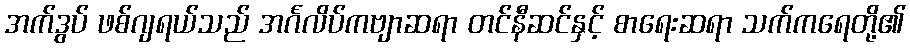
အက်ဒွပ် ဖစ်ဂျရယ်သည် အင်္ဂလိပ်ကဗျာဆရာ တင်နီဆင်နှင့် စာရေးဆရာ သက်ကရေတို့၏